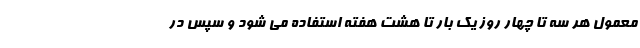
معمول هر سه تا چهار روز یک بار تا هشت هفته استفاده می شود و سپس در